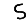
Digit: 5